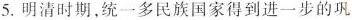
5.明清时期，统一多民族国家得到进一步的巩